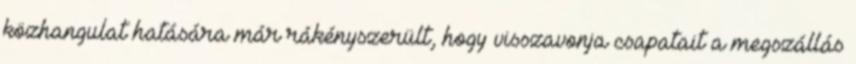
közhangulat hatására már rákényszerült, hogy visszavonja csapatait a megszállás